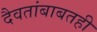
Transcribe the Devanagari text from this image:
दैवतांबाबतही